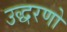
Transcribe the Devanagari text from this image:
उद्धरणो